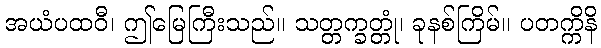
အယံပထဝီ၊ ဤမြေကြီးသည်။ သတ္တက္ခတ္တုံ၊ ခုနစ်ကြိမ်။ ပတက္ကိနိ